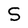
Character: S